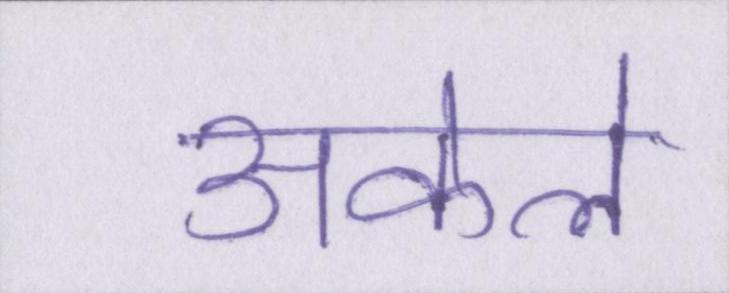
अकेले